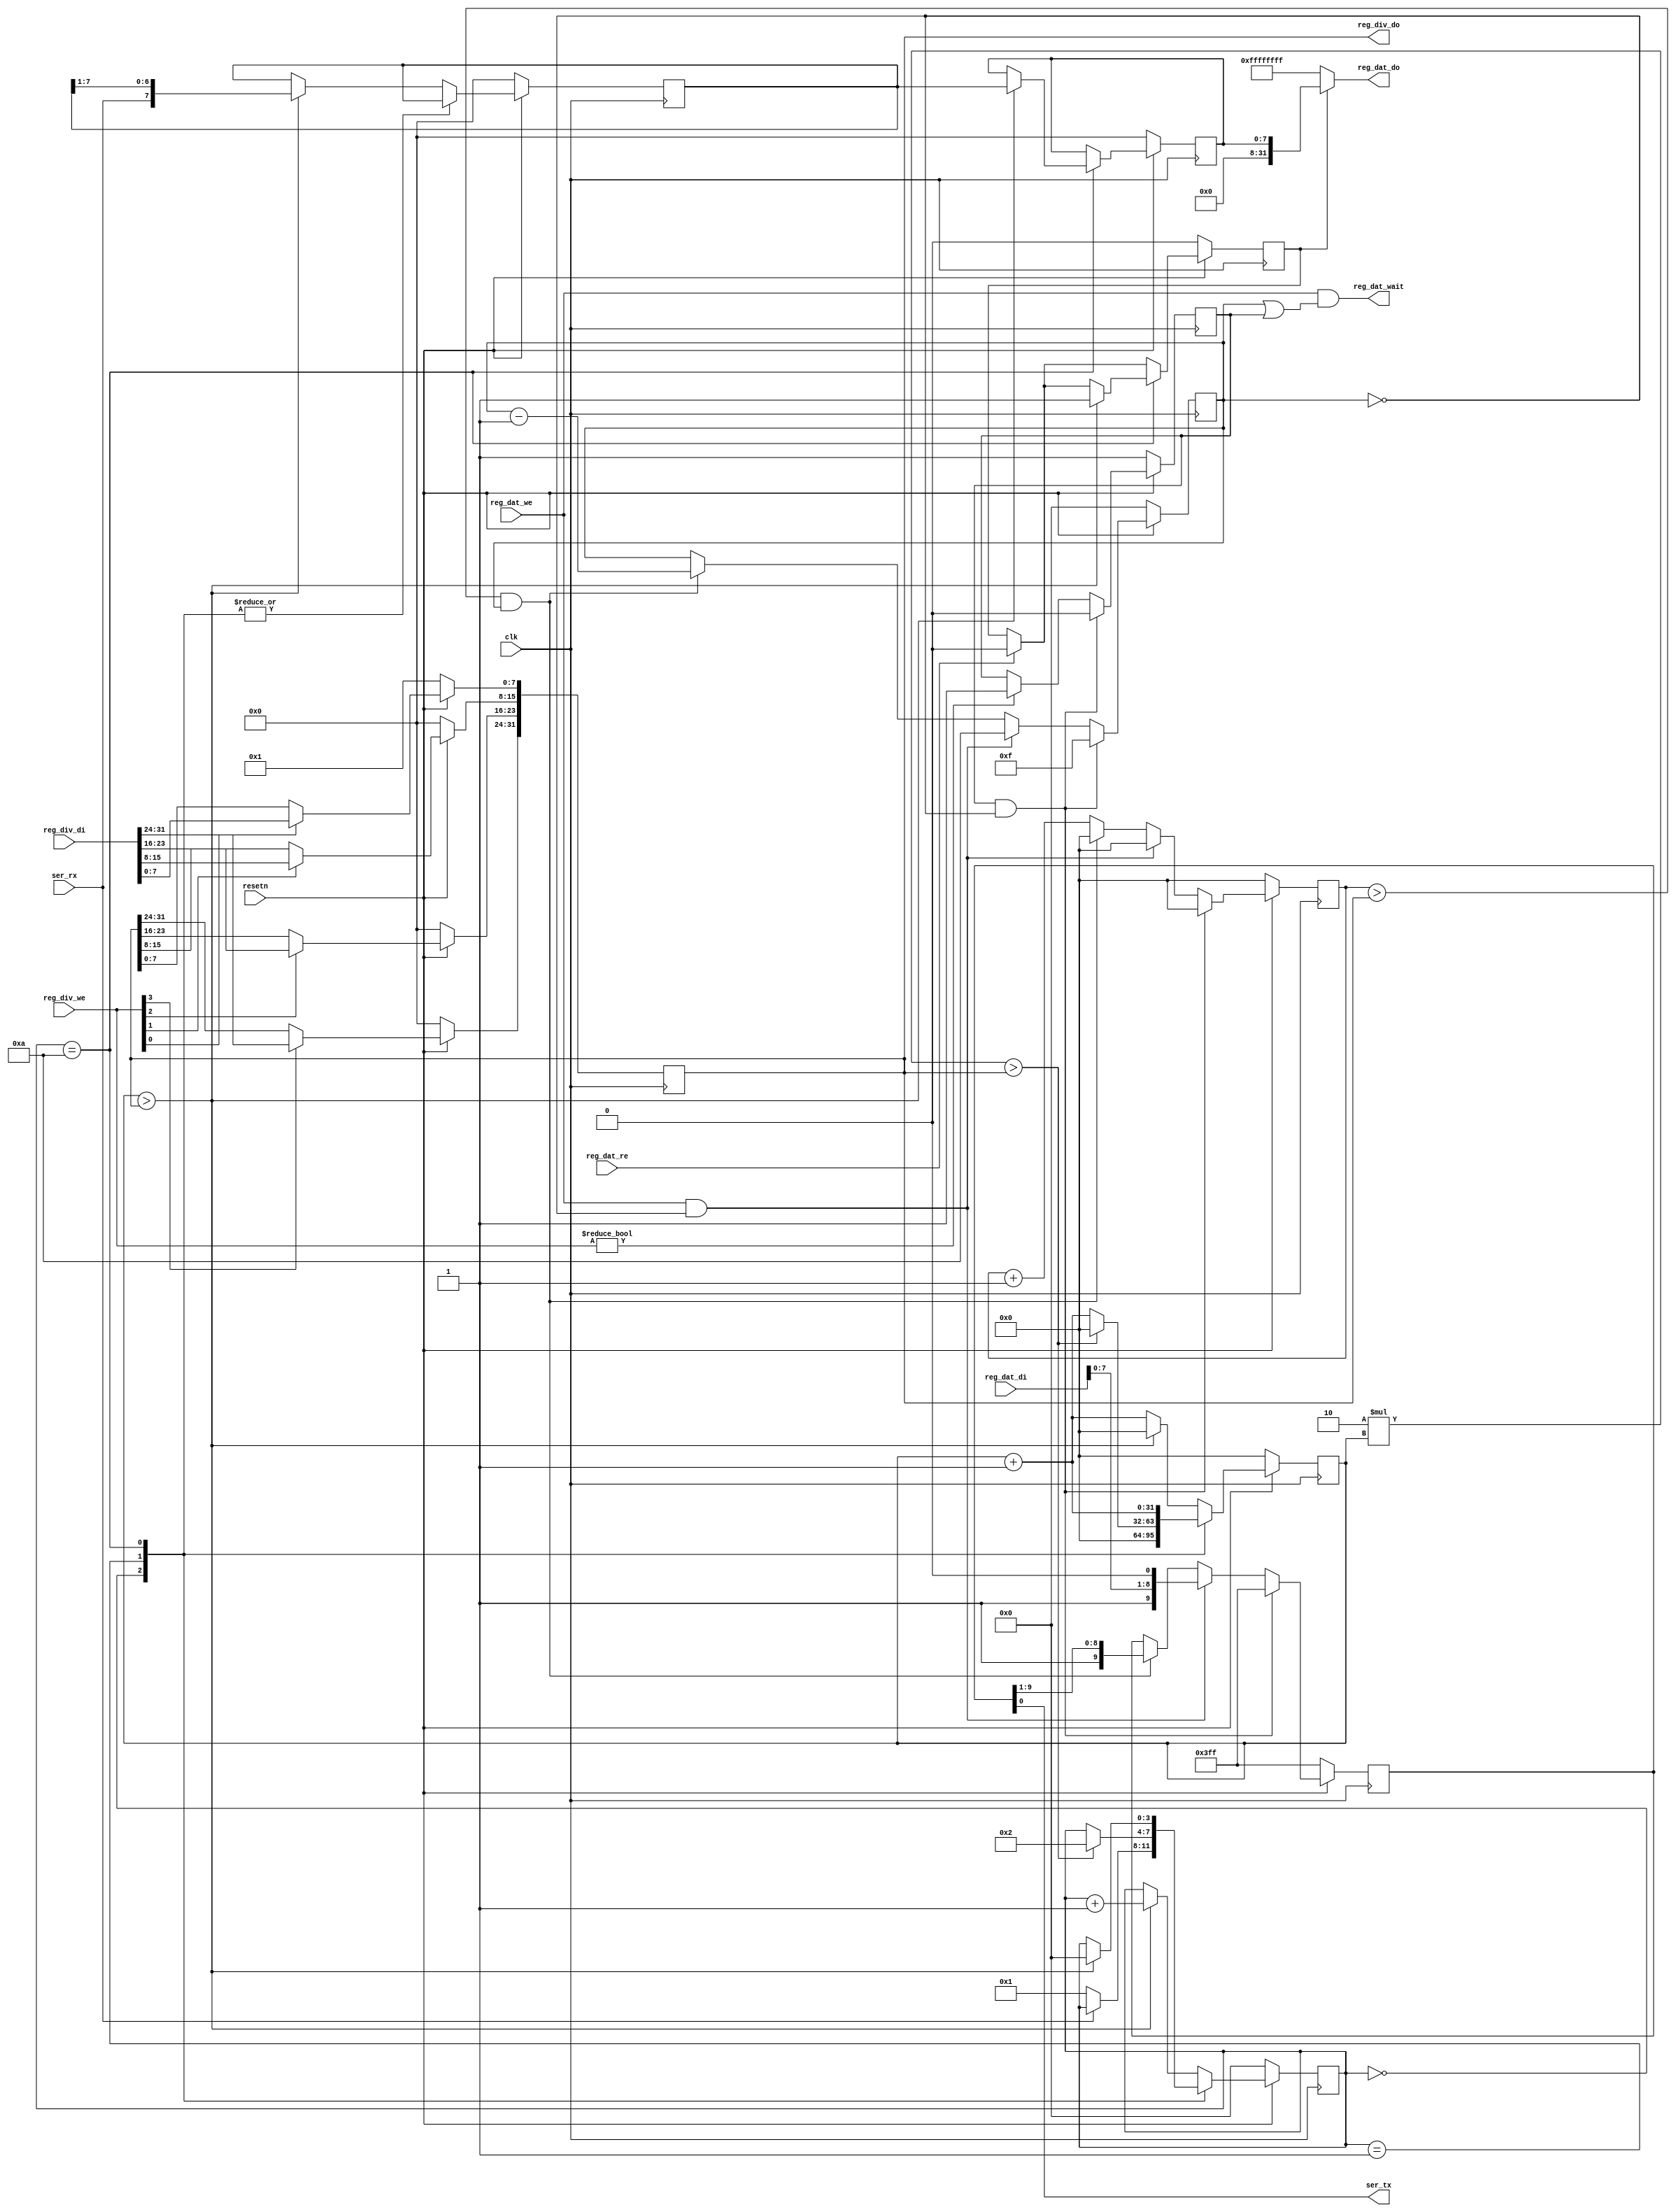
/*
 *  PicoSoC - A simple example SoC using PicoRV32
 *
 *  Copyright (C) 2017  Clifford Wolf <clifford@clifford.at>
 *
 *  Permission to use, copy, modify, and/or distribute this software for any
 *  purpose with or without fee is hereby granted, provided that the above
 *  copyright notice and this permission notice appear in all copies.
 *
 *  THE SOFTWARE IS PROVIDED "AS IS" AND THE AUTHOR DISCLAIMS ALL WARRANTIES
 *  WITH REGARD TO THIS SOFTWARE INCLUDING ALL IMPLIED WARRANTIES OF
 *  MERCHANTABILITY AND FITNESS. IN NO EVENT SHALL THE AUTHOR BE LIABLE FOR
 *  ANY SPECIAL, DIRECT, INDIRECT, OR CONSEQUENTIAL DAMAGES OR ANY DAMAGES
 *  WHATSOEVER RESULTING FROM LOSS OF USE, DATA OR PROFITS, WHETHER IN AN
 *  ACTION OF CONTRACT, NEGLIGENCE OR OTHER TORTIOUS ACTION, ARISING OUT OF
 *  OR IN CONNECTION WITH THE USE OR PERFORMANCE OF THIS SOFTWARE.
 *
 */

module simpleuart #(parameter integer DEFAULT_DIV = 1) (
	input clk,
	input resetn,

	output ser_tx,
	input  ser_rx,

	input   [3:0] reg_div_we,
	input  [31:0] reg_div_di,
	output [31:0] reg_div_do,

	input         reg_dat_we,
	input         reg_dat_re,
	input  [31:0] reg_dat_di,
	output [31:0] reg_dat_do,
	output        reg_dat_wait
);
	reg [31:0] cfg_divider;

	reg [3:0] recv_state;
	reg [31:0] recv_divcnt;
	reg [7:0] recv_pattern;
	reg [7:0] recv_buf_data;
	reg recv_buf_valid;

	reg [9:0] send_pattern;
	reg [3:0] send_bitcnt;
	reg [31:0] send_divcnt;
	reg send_dummy;

	assign reg_div_do = cfg_divider;

	assign reg_dat_wait = reg_dat_we && (send_bitcnt || send_dummy);
	assign reg_dat_do = recv_buf_valid ? recv_buf_data : ~0;

	always @(posedge clk) begin
		if (!resetn) begin
			cfg_divider <= DEFAULT_DIV;
		end else begin
			if (reg_div_we[0]) cfg_divider[ 7: 0] <= reg_div_di[ 7: 0];
			if (reg_div_we[1]) cfg_divider[15: 8] <= reg_div_di[15: 8];
			if (reg_div_we[2]) cfg_divider[23:16] <= reg_div_di[23:16];
			if (reg_div_we[3]) cfg_divider[31:24] <= reg_div_di[31:24];
		end
	end

	always @(posedge clk) begin
		if (!resetn) begin
			recv_state <= 0;
			recv_divcnt <= 0;
			recv_pattern <= 0;
			recv_buf_data <= 0;
			recv_buf_valid <= 0;
		end else begin
			recv_divcnt <= recv_divcnt + 1;
			if (reg_dat_re)
				recv_buf_valid <= 0;
			case (recv_state)
				0: begin
					if (!ser_rx)
						recv_state <= 1;
					recv_divcnt <= 0;
				end
				1: begin
					if (2*recv_divcnt > cfg_divider) begin
						recv_state <= 2;
						recv_divcnt <= 0;
					end
				end
				10: begin
					if (recv_divcnt > cfg_divider) begin
						recv_buf_data <= recv_pattern;
						recv_buf_valid <= 1;
						recv_state <= 0;
					end
				end
				default: begin
					if (recv_divcnt > cfg_divider) begin
						recv_pattern <= {ser_rx, recv_pattern[7:1]};
						recv_state <= recv_state + 1;
						recv_divcnt <= 0;
					end
				end
			endcase
		end
	end

	assign ser_tx = send_pattern[0];

	always @(posedge clk) begin
		if (reg_div_we)
			send_dummy <= 1;
		send_divcnt <= send_divcnt + 1;
		if (!resetn) begin
			send_pattern <= ~0;
			send_bitcnt <= 0;
			send_divcnt <= 0;
			send_dummy <= 1;
		end else begin
			if (send_dummy && !send_bitcnt) begin
				send_pattern <= ~0;
				send_bitcnt <= 15;
				send_divcnt <= 0;
				send_dummy <= 0;
			end else
			if (reg_dat_we && !send_bitcnt) begin
				send_pattern <= {1'b1, reg_dat_di[7:0], 1'b0};
				send_bitcnt <= 10;
				send_divcnt <= 0;
			end else
			if (send_divcnt > cfg_divider && send_bitcnt) begin
				send_pattern <= {1'b1, send_pattern[9:1]};
				send_bitcnt <= send_bitcnt - 1;
				send_divcnt <= 0;
			end
		end
	end
endmodule